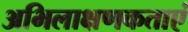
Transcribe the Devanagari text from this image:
अभिलाक्षणकताएं